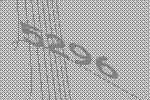
5296